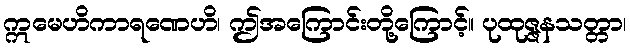
ဣမေဟိကာရဏေဟိ၊ ဤအကြောင်းတို့ကြောင့်။ ပုထုဇ္ဇနသတ္တာ၊